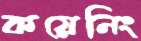
কয়েনিং